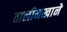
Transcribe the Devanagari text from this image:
तालीमखाने